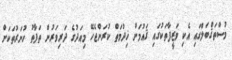
މުސްތަޤްބަލްގައި އެކި ވަޒީފާތަކުގައި ޤައުމަށް ޚިދުމަތް ކުރަންޖެހޭ މިއަދުގެ ދަރިވަރުން ތަފާތު ހުނަރުތަކަށް